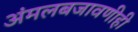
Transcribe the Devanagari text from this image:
अंमलबजावणीही